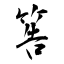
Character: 筶